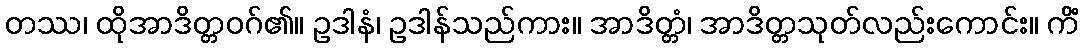
တဿ၊ ထိုအာဒိတ္တဝဂ်၏။ ဥဒါနံ၊ ဥဒါန်သည်ကား။ အာဒိတ္တံ၊ အာဒိတ္တသုတ်လည်းကောင်း။ ကိံ